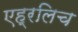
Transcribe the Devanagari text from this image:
एह्रलिच